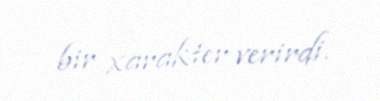
bir xarakter verirdi.